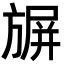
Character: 𭥀